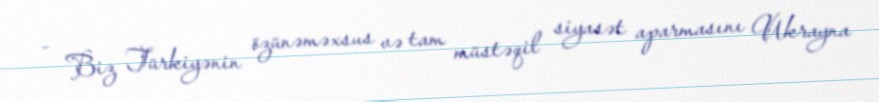
- Biz Türkiyənin özünəməxsus və tam müstəqil siyasət aparmasını Ukrayna